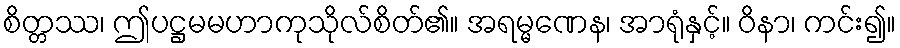
စိတ္တဿ၊ ဤပဋ္ဌမမဟာကုသိုလ်စိတ်၏။ အရမ္မဏေန၊ အာရုံနှင့်။ ဝိနာ၊ ကင်း၍။